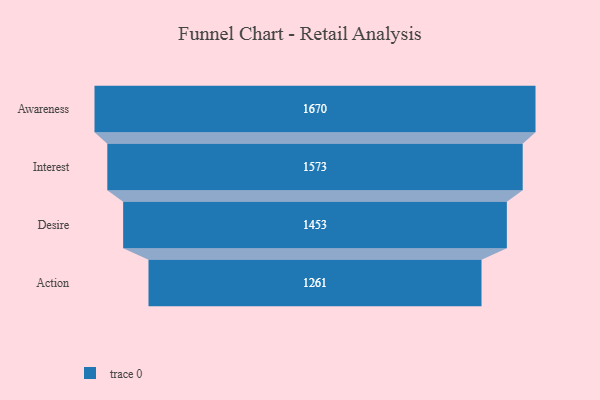
{"axis": {"x": "Stage", "y": "Value"}, "legend": [""], "data": [{"x": "Awareness", "y": 1670.0, "type": ""}, {"x": "Interest", "y": 1573.0, "type": ""}, {"x": "Desire", "y": 1453.0, "type": ""}, {"x": "Action", "y": 1261.0, "type": ""}]}